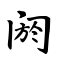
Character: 阏